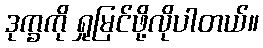
ဒုက္ခကို ရှုမြင်ဖို့လိုပါတယ်။